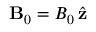
{ \bf B } _ { 0 } = B _ { 0 } \, \hat { { \bf z } }